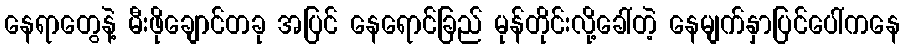
နေရာတွေနဲ့ မီးဖိုချောင်တခု အပြင် နေရောင်ခြည် မုန်တိုင်းလို့ခေါ်တဲ့ နေမျက်နှာပြင်ပေါ်ကနေ